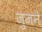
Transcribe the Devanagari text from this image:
जुजने